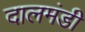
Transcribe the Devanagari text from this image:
दालमंडी